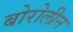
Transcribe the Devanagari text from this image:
बोरोलीन